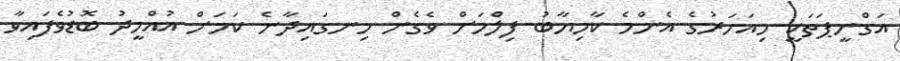
އަގްނީޕަތަކީ މިއަހަރުގެ އެންމެ ކާމިޔާބު ފިލްމަށް ވެގެން ހިނގައިދާނެ ކަމަށް އުއްމީދު ބޮޑުވެފައިވާ